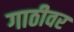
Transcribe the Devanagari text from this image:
गाठीवर